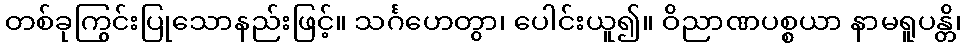
တစ်ခုကြွင်းပြုသောနည်းဖြင့်။ သင်္ဂဟေတွာ၊ ပေါင်းယူ၍။ ဝိညာဏပစ္စယာ နာမရူပန္တိ၊